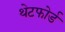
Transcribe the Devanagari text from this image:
थेटफोर्ड